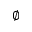
\emptyset